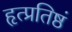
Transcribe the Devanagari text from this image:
हृत्प्रतिष्ठं